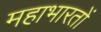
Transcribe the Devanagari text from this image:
महाभारतों